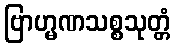
ဗြာဟ္မဏသစ္စသုတ္တံ